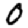
Digit: 0